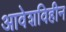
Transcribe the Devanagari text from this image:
आवेशविहीन